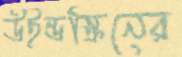
উইন্ডস্ক্রিনের